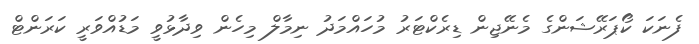
ފެނަކަ ކޯޕަރޭޝަންގެ މެނޭޖިން ޑިރެކްޓަރު މުހައްމަދު ނިމާލް މިހެން ވިދާޅުވީ މަޑުއްވަރީ ކަރަންޓް